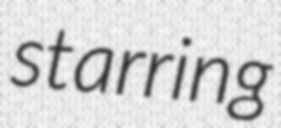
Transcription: starring